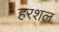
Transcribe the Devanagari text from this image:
हरशल